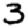
Digit: 3